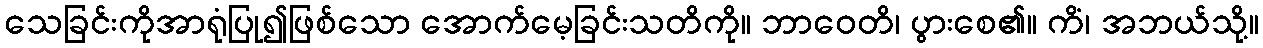
သေခြင်းကိုအာရုံပြု၍ဖြစ်သော အောက်မေ့ခြင်းသတိကို။ ဘာဝေတိ၊ ပွားစေ၏။ ကိံ၊ အဘယ်သို့။